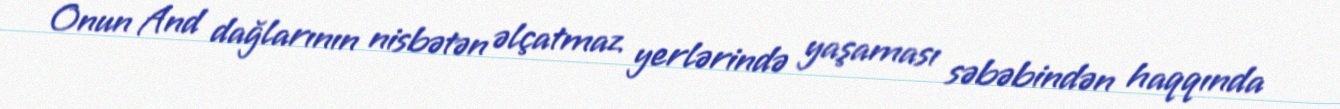
Onun And dağlarının nisbətən əlçatmaz yerlərində yaşaması səbəbindən haqqında